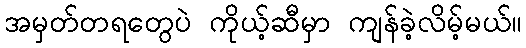
အမှတ်တရတွေပဲ ကိုယ့်ဆီမှာ ကျန်ခဲ့လိမ့်မယ်။